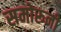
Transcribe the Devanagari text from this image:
समोरूनी